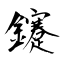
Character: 鑳